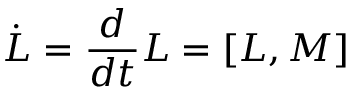
\dot { L } = { \frac { d } { d t } } L = [ L , M ]